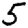
Digit: 5